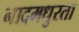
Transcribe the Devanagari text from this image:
नादमधुरता